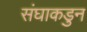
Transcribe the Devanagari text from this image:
संघाकडुन